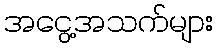
အငွေ့အသက်များ